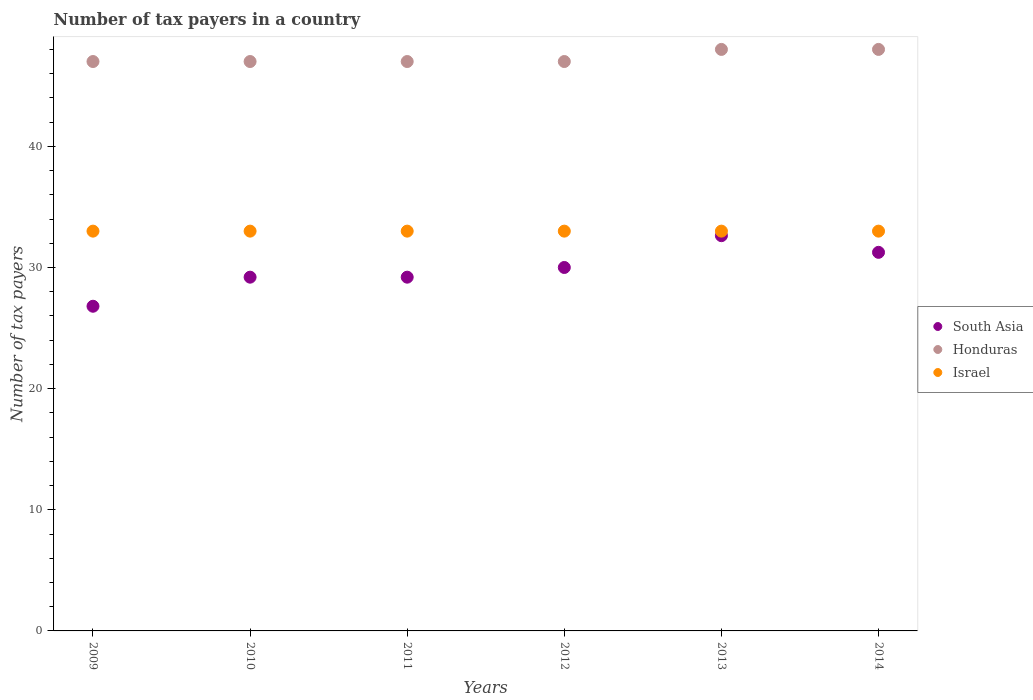
| Years | South Asia | Honduras | Israel |
 | --- | --- | --- | --- |
 | 2009 | 26.8 | 47 | 33 |
 | 2010 | 29.2 | 47 | 33 |
 | 2011 | 29.2 | 47 | 33 |
 | 2012 | 30 | 47 | 33 |
 | 2013 | 32.6 | 48 | 33 |
 | 2014 | 31.2 | 48 | 33 |